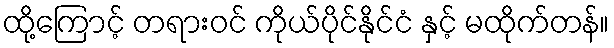
ထို့ကြောင့် တရားဝင် ကိုယ်ပိုင်နိုင်ငံ နှင့် မထိုက်တန်။